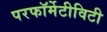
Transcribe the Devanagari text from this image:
परफॉर्मेटीविटी